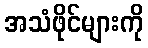
အသံဖိုင်များကို